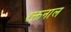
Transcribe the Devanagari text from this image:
रक्तनाल